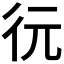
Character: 𢓆